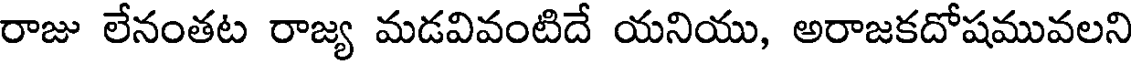
రాజు లేనంతట రాజ్య మడవివంటిదే యనియు, అరాజకదోషమువలని